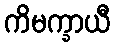
ကိမက္ခာယီ